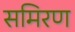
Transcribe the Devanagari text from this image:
समिरण